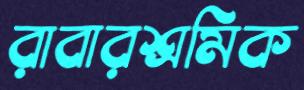
রাবারশ্রমিক